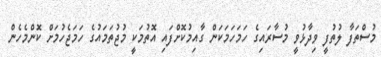
މުސްތަފާ ލުތުފީ ވިދާޅުވީ މުސާރައިގެ ހަމަހަމަކަން ގާއިމުކޮށްފައި އޮތުމަކީ މުޖުތަމައުގެ ހަމަޖެހުމަށް ކޮންމެހެން